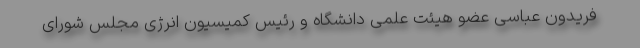
فریدون عباسی عضو هیئت علمی دانشگاه و رئیس کمیسیون انرژی مجلس شورای